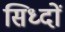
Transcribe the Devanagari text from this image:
सिध्दों